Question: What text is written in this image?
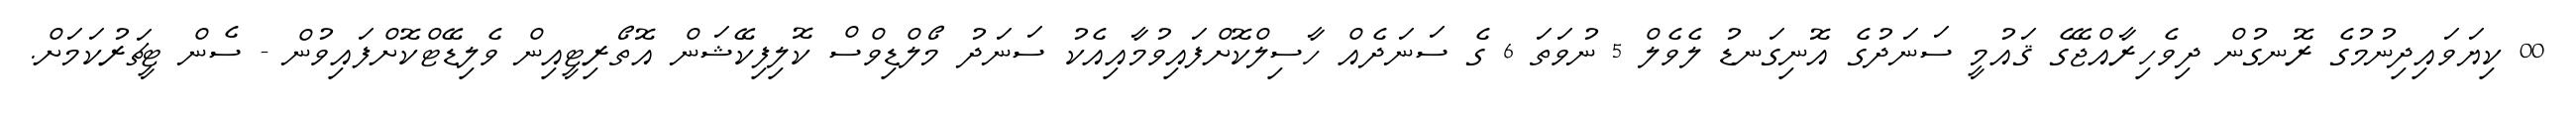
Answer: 00 ކިޔަވައިދިނުމުގެ ރޮނގުން ދިވެހިރާއްޖޭގެ ޤައުމީ ސަނަދުގެ އޮނިގަނޑު ލެވެލް 5 ނުވަތަ 6 ގެ ސަނަދެއް ހާސިލްކޮށްފައިވުމާއިއެކު ސަނަދު މޯލްޑިވްސް ކޮލިފިކޭޝަން އޮތޯރިޓީއިން ވެލިޑޭޓްކޮށްފައިވުން - ސެން ޓީޗަރުކަމަށް.